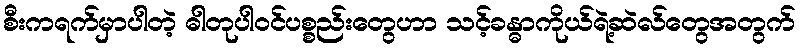
စီးကရက်မှာပါတဲ့ ဓါတုပါဝင်ပစ္စည်းတွေဟာ သင့်ခန္ဓာကိုယ်ရဲ့ဆဲလ်တွေအတွက်